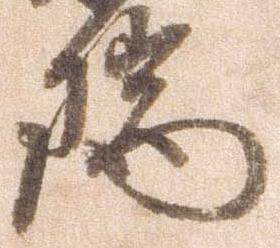
瑞